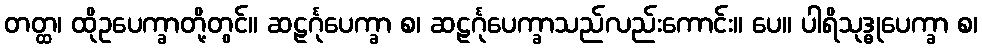
တတ္ထ၊ ထိုဥပေက္ခာတို့တွင်။ ဆဠင်္ဂုပေက္ခာ စ၊ ဆဠင်္ဂုပေက္ခာသည်လည်းကောင်း။ ပေ။ ပါရိသုဒ္ဓုပေက္ခာ စ၊